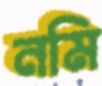
নমি